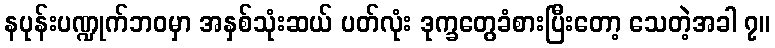
နပုန်းပဏ္ဍုက်ဘဝမှာ အနှစ်သုံးဆယ် ပတ်လုံး ဒုက္ခတွေခံစားပြီးတော့ သေတဲ့အခါ ၇။